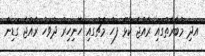
އަދި މުބާރާތުގައި ރާއްޖެ ކުޅޭ ފަހު މެޗުގައި ހޮނިހިރު ދުވަހު ރާއްޖެ ގަޑިން